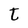
Character: t